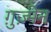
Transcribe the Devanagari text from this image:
ग़ुज़्मेन